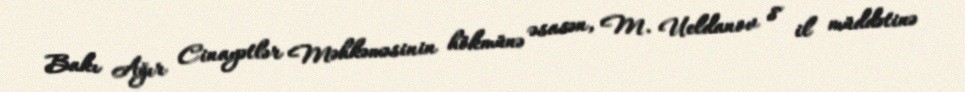
Bakı Ağır Cinayətlər Məhkəməsinin hökmünə əsasən, M. Ueldanov 8 il müddətinə